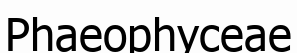
Рһаеорһусеае